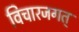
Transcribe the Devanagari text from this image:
विचारजगत्‌